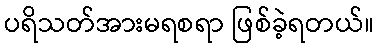
ပရိသတ်အားမရစရာ ဖြစ်ခဲ့ရတယ်။